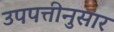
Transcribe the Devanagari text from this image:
उपपत्तीनुसार